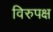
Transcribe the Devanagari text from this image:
विरुपक्ष